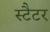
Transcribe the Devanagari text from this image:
स्टैटर